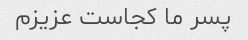
پسر ما کجاست عزیزم